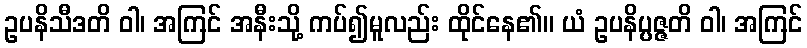
ဥပနိသီဒတိ ဝါ၊ အကြင် အနီးသို့ ကပ်၍မူလည်း ထိုင်နေ၏။ ယံ ဥပနိပ္ပဇ္ဇတိ ဝါ၊ အကြင်